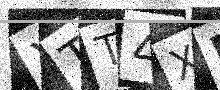
Text: XTT4XB